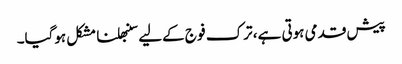
پیش قدمی ہوتی ہے، ترک فو ج کےلیے سنبھلنا مشکل ہوگیا۔